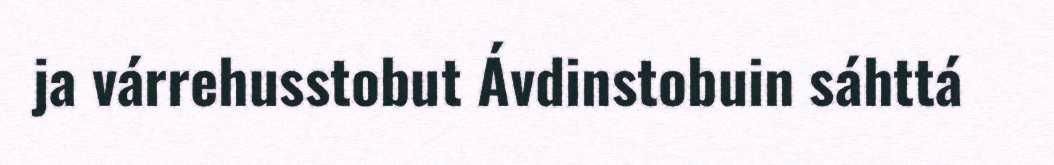
ja várrehusstobut Ávdinstobuin sáhttá